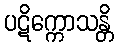
ပဋိက္ကောသန္တိ